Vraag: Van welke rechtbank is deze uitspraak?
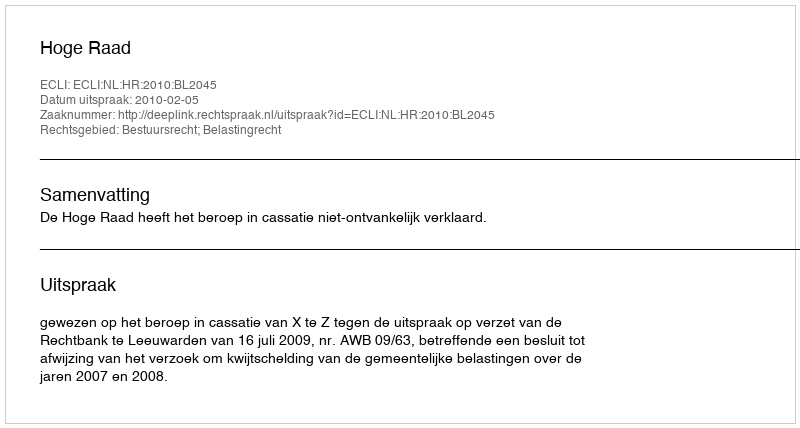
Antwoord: Hoge Raad